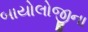
બાયોલોજીના